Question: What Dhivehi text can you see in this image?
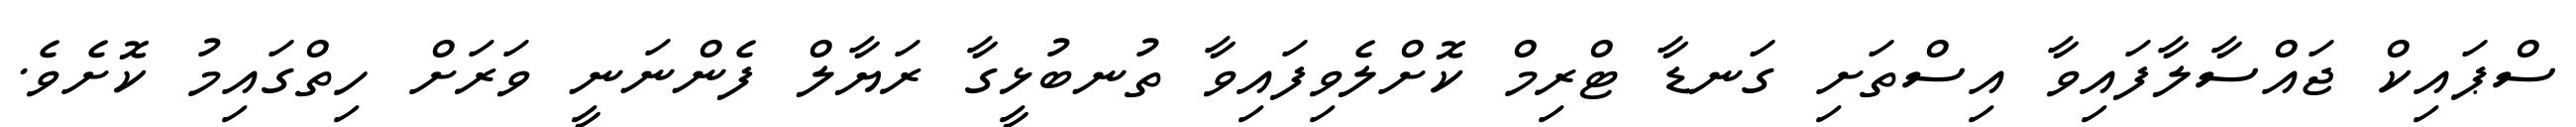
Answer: ސްޕައިކް ޖައްސާލާފައިވާ އިސްތަށި ގަނޑާ ޓްރިމް ކޮށްލެވިފައިވާ ތުނބުޅީގާ ރަޔާލް ފެންނަނީ ވަރަށް ހިތްގައިމު ކޮށެވެ.